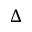
\Delta